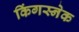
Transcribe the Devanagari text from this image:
किंगस्नेक